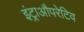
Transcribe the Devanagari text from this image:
इंट्राऔपरेटिव